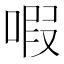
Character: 㗇